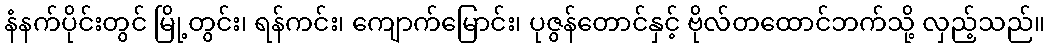
နံနက်ပိုင်းတွင် မြို့တွင်း၊ ရန်ကင်း၊ ကျောက်မြောင်း၊ ပုဇွန်တောင်နှင့် ဗိုလ်တထောင်ဘက်သို့ လှည့်သည်။